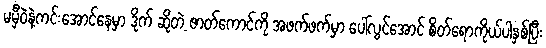
မမှီဝဲနဲ့ကင်းအောင်နေမှာ ဒိုက် ဆိုတဲ့ ဇာတ်ကောင်ကို အဖက်ဖက်မှာ ပေါ်လွင်အောင် စိတ်ရောကိုယ်ပါနှစ်ပြီး